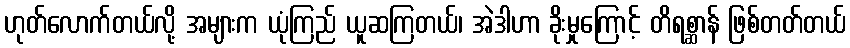
ဟုတ်လောက်တယ်လို့ အများက ယုံကြည် ယူဆကြတယ်၊ အဲဒါဟာ ခိုးမှုကြောင့် တိရစ္ဆာန် ဖြစ်တတ်တယ်